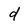
Character: d